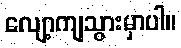
လျော့ကျသွားမှာပါ။